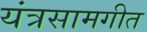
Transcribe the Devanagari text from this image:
यंत्रसामगीत